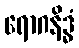
ရောဂနိဒ္ဓံ